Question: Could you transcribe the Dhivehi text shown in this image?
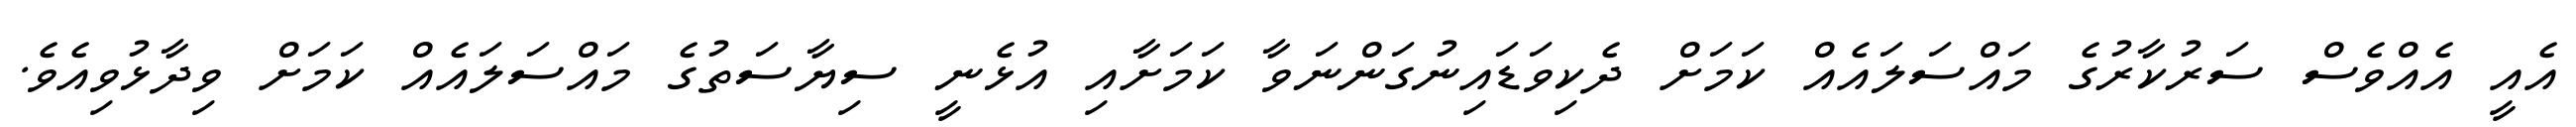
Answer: އެއީ އެއްވެސް ސަރުކާރުގެ މައްސަލައެއް ކަމަށް ދެކިވަޑައިނުގަންނަވާ ކަމަށާއި އުޅެނީ ސިޔާސަތުގެ މައްސަލައެއް ކަމަށް ވިދާޅުވިއެވެ.